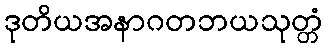
ဒုတိယအနာဂတဘယသုတ္တံ